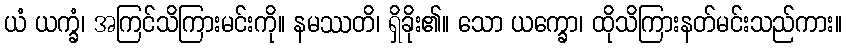
ယံ ယက္ခံ၊ အကြင်သိကြားမင်းကို။ နမဿတိ၊ ရှိခိုး၏။ သော ယက္ခော၊ ထိုသိကြားနတ်မင်းသည်ကား။